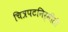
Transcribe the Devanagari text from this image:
चित्रपटनिर्मीती